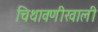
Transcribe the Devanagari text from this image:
चिथावणीखाली